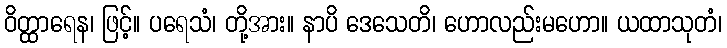
ဝိတ္ထာရေန၊ ဖြင့်။ ပရေသံ၊ တို့အား။ နာပိ ဒေသေတိ၊ ဟောလည်းမဟော။ ယထာသုတံ၊